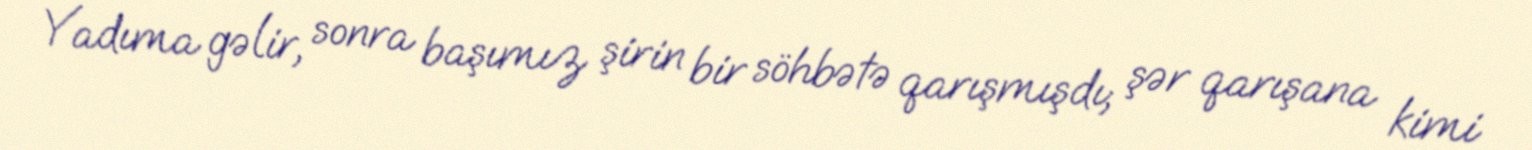
Yadıma gəlir, sonra başımız şirin bir söhbətə qarışmışdı; şər qarışana kimi